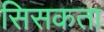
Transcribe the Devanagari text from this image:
सिसकता